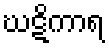
ဃဋိကာရ